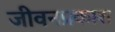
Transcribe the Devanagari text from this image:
जीवनप्रकाश